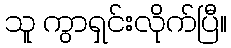
သူ ကွာရှင်းလိုက်ပြီ။